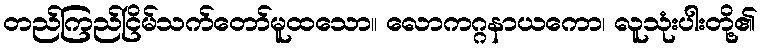
တည်ကြည်ငြိမ်သက်တော်မူထသော။ လောကဂ္ဂနာယကော၊ လူသုံးပါးတို့၏